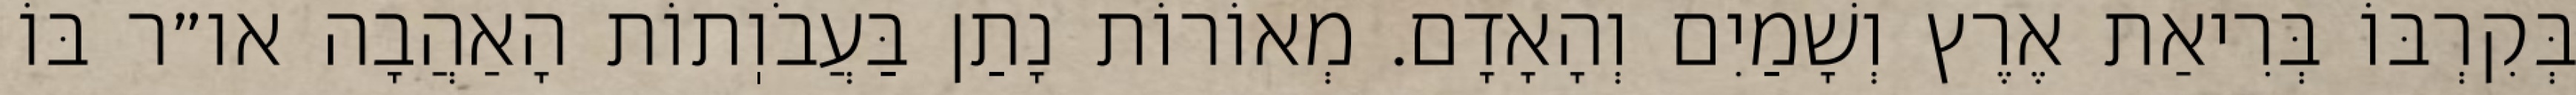
בְּקִרְבּוֹ בְּרִיאַת אֶרֶץ וְשָׁמַיִם וְהָאָדָם. מְאוֹרוֹת נָתַן בַּעֲבֹוֽתוֹת הָאַהֲבָה או״ר בּוֹ